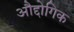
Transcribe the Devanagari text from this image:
औद्दोगिक